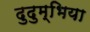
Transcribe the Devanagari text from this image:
दुदुम्भिया